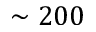
\sim 2 0 0